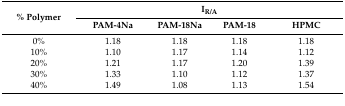
| <ROWSPAN=2> % Polymer | <COLSPAN=4> IR/A |
 | PAM-4Na | PAM-18Na | PAM-18 | HPMC |
 | --- | --- | --- | --- | --- |
 | 0% | 1.18 | 1.18 | 1.18 | 1.18 |
 | 10% | 1.10 | 1.17 | 1.14 | 1.12 |
 | 20% | 1.21 | 1.17 | 1.20 | 1.39 |
 | 30% | 1.33 | 1.10 | 1.12 | 1.37 |
 | 40% | 1.49 | 1.08 | 1.13 | 1.54 |